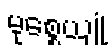
မုစ္စေယျုံ